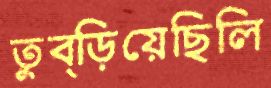
তুব্‌ড়িয়েছিলি